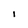
Character: l